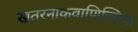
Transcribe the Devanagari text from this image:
खतरनाकवाणिज्यिक